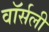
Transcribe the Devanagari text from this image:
वॉर्सली